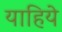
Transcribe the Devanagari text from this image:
याहिये